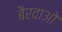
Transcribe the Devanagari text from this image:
बैरवाओ